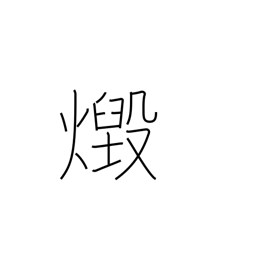
Meaning: blaze